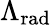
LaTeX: \Lambda_{\mathrm{rad}}